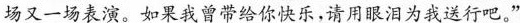
场又一场表演。如果我曾带给你快乐，请用眼泪为我送行吧。“